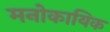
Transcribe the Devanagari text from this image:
मनोकायिक